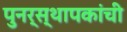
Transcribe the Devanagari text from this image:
पुनर्स्थापकांची